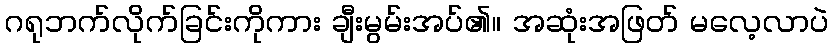
ဂရုဘက်လိုက်ခြင်းကိုကား ချီးမွမ်းအပ်၏။ အဆုံးအဖြတ် မလေ့လာပဲ